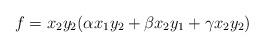
LaTeX: \begin{align*}f=x_2y_2(\alpha x_1 y_2 + \beta x_2y_1 + \gamma x_2 y_2) \end{align*}